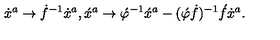
\dot { x } { } ^ { a } \rightarrow \dot { f } { } ^ { - 1 } \dot { x } { } ^ { a } , \acute { x } ^ { a } \rightarrow \acute { \varphi } { } ^ { - 1 } \acute { x } { } ^ { a } - ( \acute { \varphi } \dot { f } ) { } ^ { - 1 } \acute { f } \dot { x } { } ^ { a } .